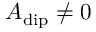
A _ { \mathrm { d i p } } \neq 0